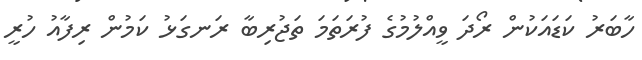
ހާބަރު ކަޑައަކުން ރޯދަ ވީއްލުމުގެ ފުރަތަމަ ތަޖުރިބާ ރަނގަޅު ކަމުން ރިފާއު ހުރީ